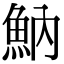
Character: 魶